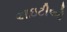
આઇટીઓ